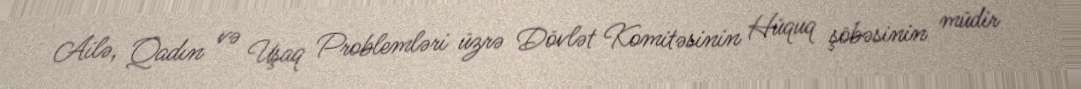
Ailə, Qadın və Uşaq Problemləri üzrə Dövlət Komitəsinin Hüquq şöbəsinin müdir